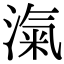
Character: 滊